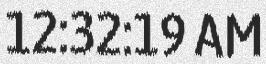
12:32:19 AM